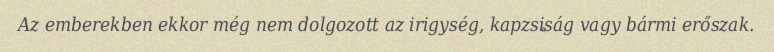
Az emberekben ekkor még nem dolgozott az irigység, kapzsiság vagy bármi erőszak.